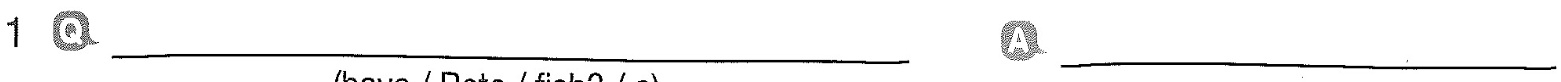
1 Q___ A___